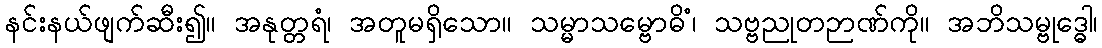
နင်းနယ်ဖျက်ဆီး၍။ အနုတ္တရံ၊ အတူမရှိသော။ သမ္မာသမ္ဗောဓိံ၊ သဗ္ဗညုတဉာဏ်ကို။ အဘိသမ္ဗုဒ္ဓေါ၊